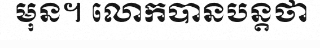
មុន។ លោកបានបន្តថា